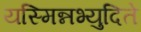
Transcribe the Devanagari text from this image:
यस्मिन्नभ्युदिते